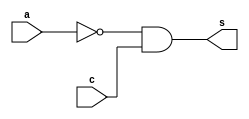
// ---------------------
// Exemplo 08_01 - Simplificador
// Nome: Pedro Siqueira
// ---------------------

// ---------------------
// -- Simplificador
// ---------------------
module simplificadorA (s,a,c);
input a,c;
output s;
wire f;
not NOT1 (f,a);
and AND1 (s,f,c);
endmodule//endsimplifidadorA
module simplificadorB (s,a,b,c);
input a,b,c;
output s;
wire f;
not NOT2 (f,b);
and AND2 (s,a,f,c);
endmodule //endsimplificadorB
module simplificadorC (s,a,b,d);
input a,b,d;
output s;
wire f;
not NOT3 (f,d);
and AND3 (s,a,b,f);
endmodule //endsimplificadorC
// ---------------------
// -- test Simplificador
// ---------------------

module Simplificador;
 reg   a, b, c, d;
 wire  s, s1, s2, s3;
          // instancia
simplificadorA SA(s1,a,c);
simplificadorB SB(s2,a,b,c);
simplificadorC SC(s3,a,b,d);
or OR1 (s,s1,s2,s3);
initial begin: start
a=0; b=0; c=0; d=0;
end
 
          // parte principal
 initial begin : main
      $display("Guia 08_01 - Pedro Siqueira - 405830");
      $display("Simplificador");
 	   $monitor("%b%b%b%b = %b", a, b, c, d, s);
 		#1 a=0; b=0; c=0; d=1;
		#1 a=0; b=0; c=1; d=0;
		#1 a=0; b=0; c=1; d=1;
		#1 a=0; b=1; c=0; d=0;
		#1 a=0; b=1; c=0; d=1;
		#1 a=0; b=1; c=1; d=0;
		#1 a=0; b=1; c=1; d=1;
		#1 a=1; b=0; c=0; d=0;
		#1 a=1; b=0; c=0; d=1;
		#1 a=1; b=0; c=1; d=0;
		#1 a=1; b=0; c=1; d=1;
		#1 a=1; b=1; c=0; d=0;
		#1 a=1; b=1; c=0; d=1;
		#1 a=1; b=1; c=1; d=0;
	   #1 a=1; b=1; c=1; d=1;
		
 end

endmodule // test